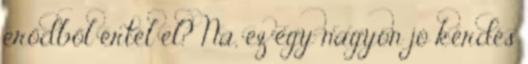
erődből értél el? Na, ez egy nagyon jó kérdés